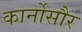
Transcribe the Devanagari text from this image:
कार्नोसौर